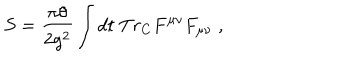
S = \frac { \pi \theta } { 2 g ^ { 2 } } \int d t \; T r _ { C } F ^ { \mu \nu } F _ { \mu \nu } \; ,